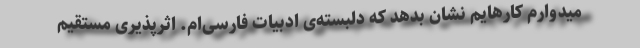
میدوارم کارهایم نشان بدهد که دلبسته‌ی ادبیات فارسی‌ام. اثرپذیری مستقیم